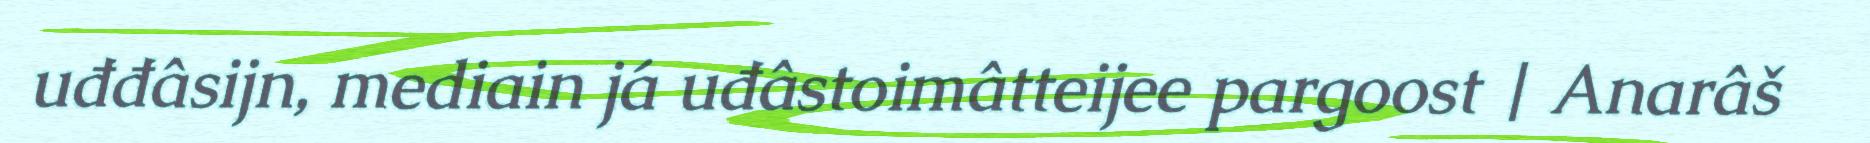
uđđâsijn, mediain já uđâstoimâtteijee pargoost | Anarâš